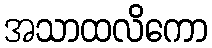
အသာထလိကော